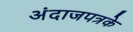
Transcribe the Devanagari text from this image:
अंदाजपत्रके